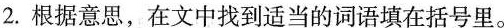
2.根据意思，在文中找到适当的词语填在括号里。